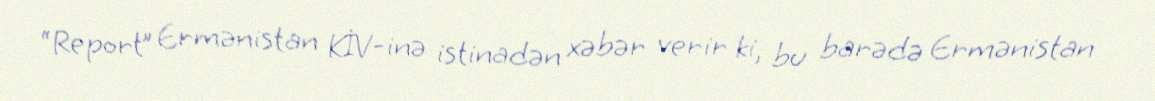
“Report” Ermənistan KİV-inə istinadən xəbər verir ki, bu barədə Ermənistan